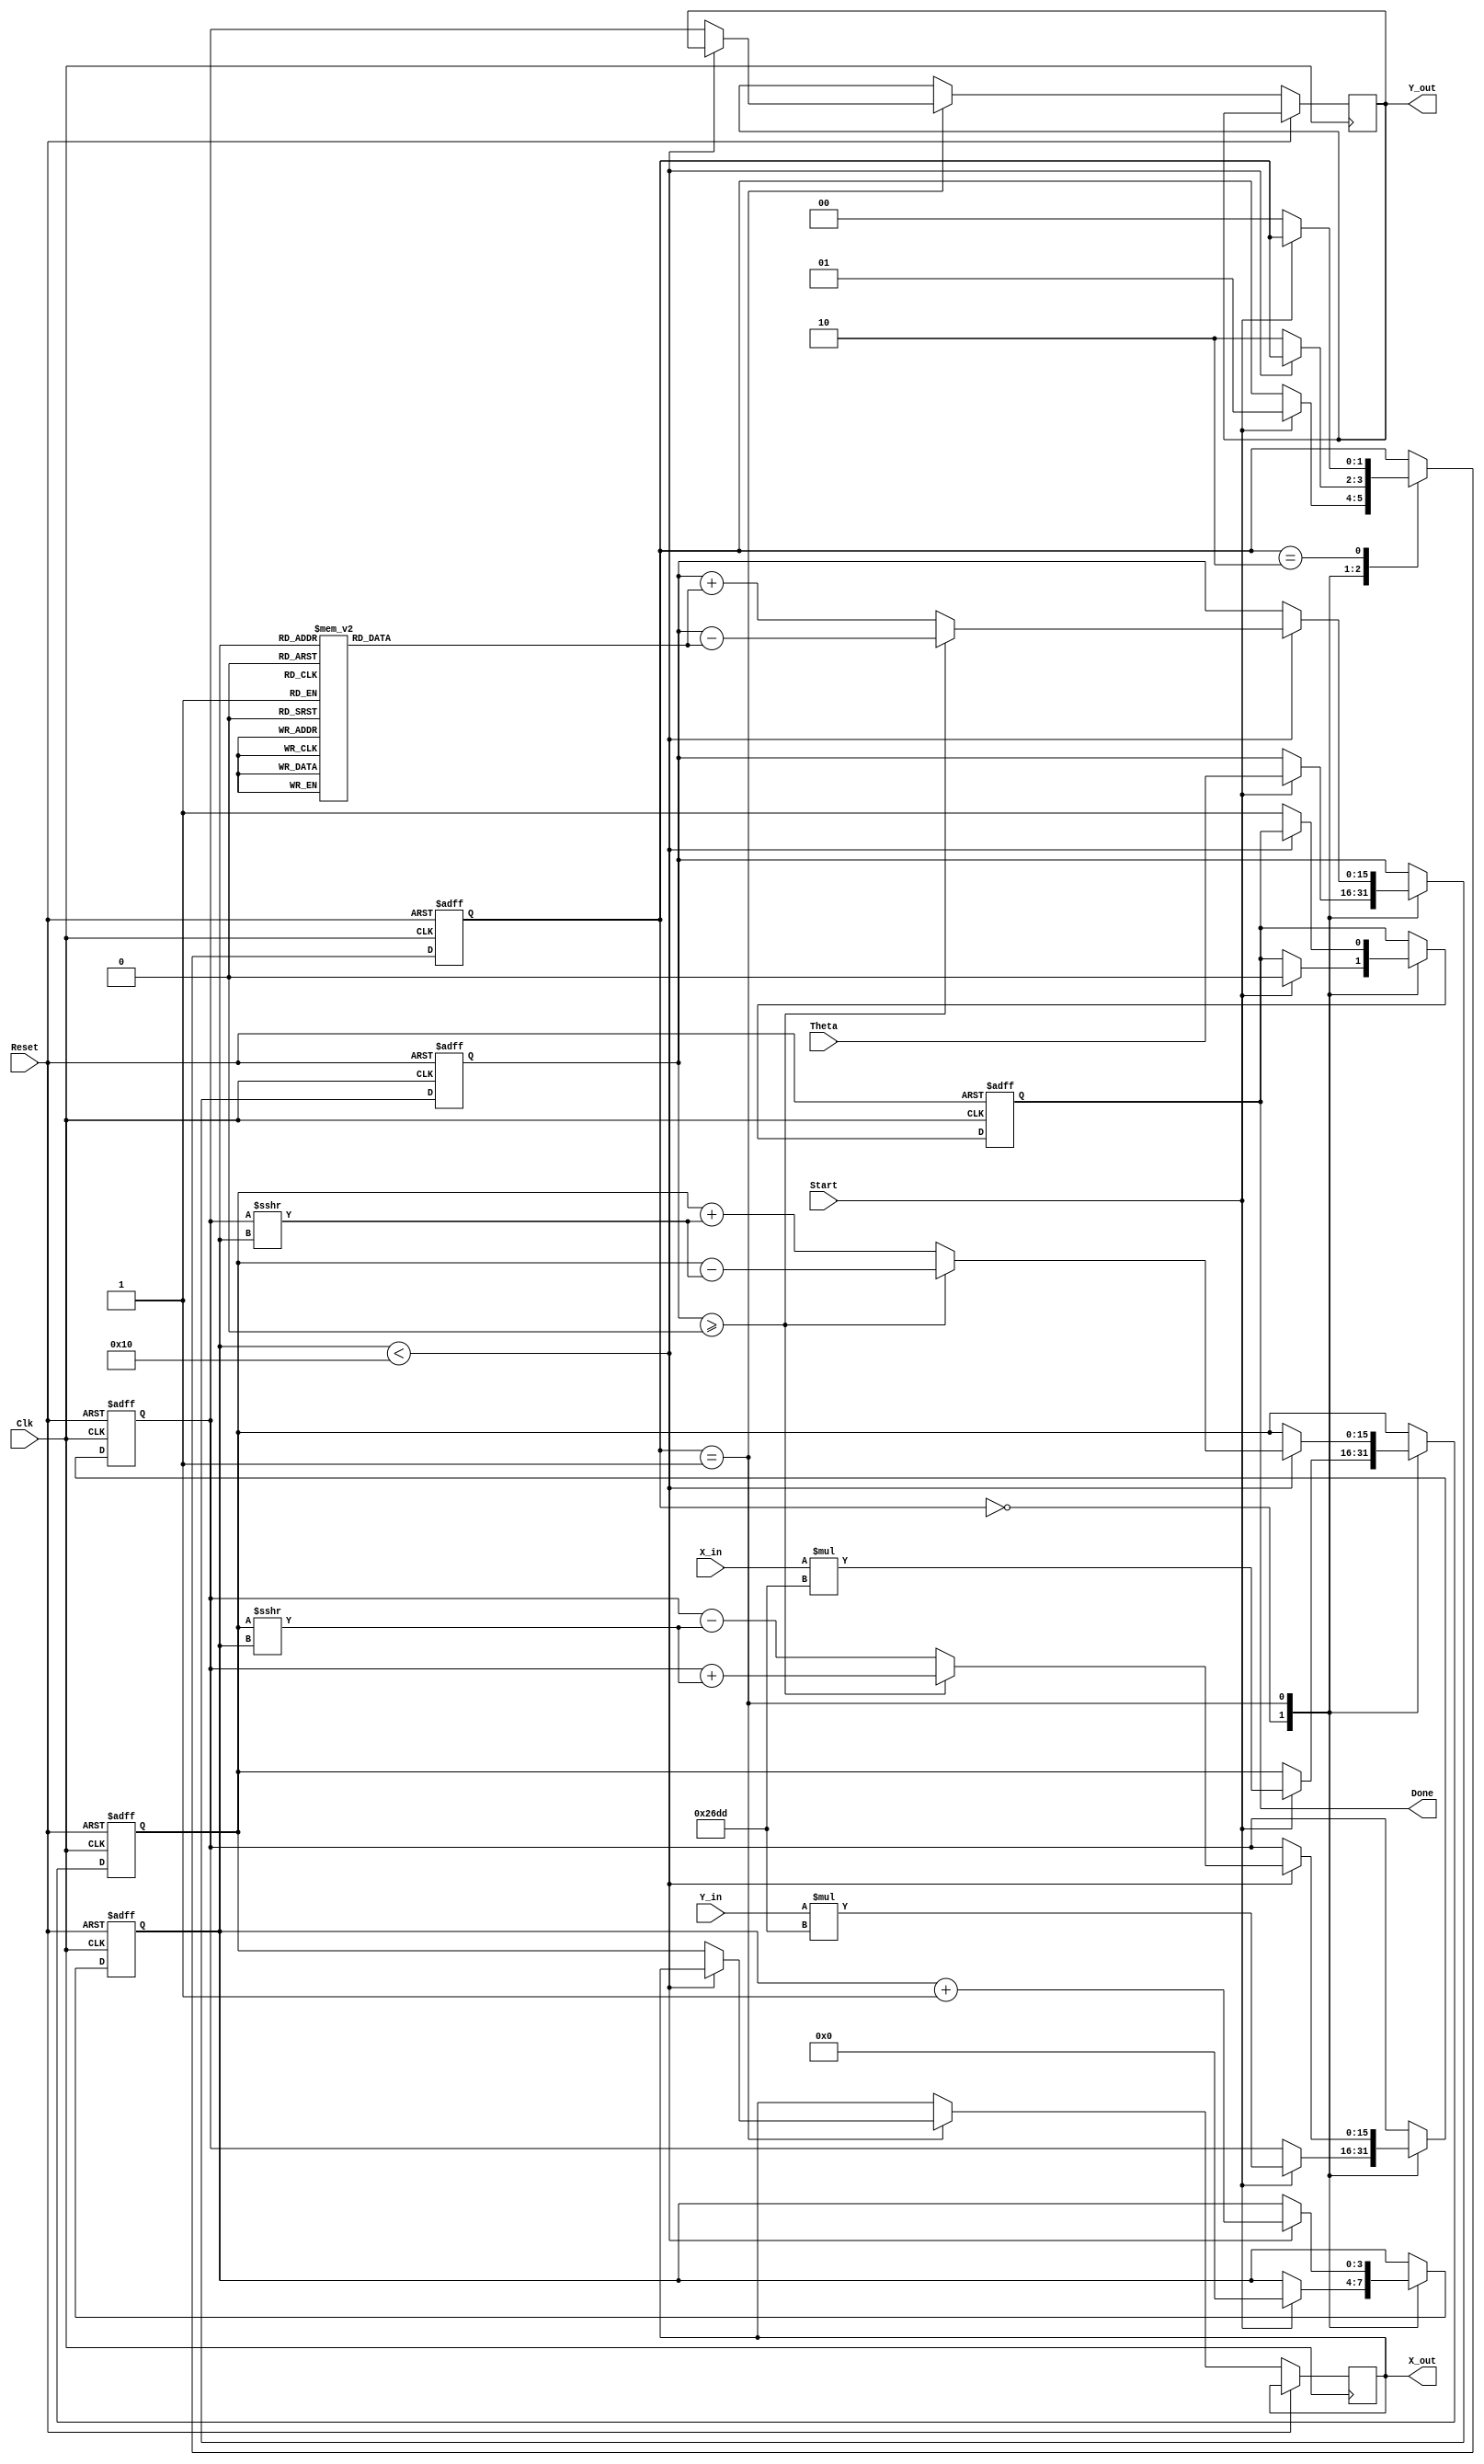
module CORDIC_Rotational (
    input wire signed [15:0] X_in,      // Input X coordinate
    input wire signed [15:0] Y_in,      // Input Y coordinate
    input wire signed [15:0] Theta,      // Desired angle of rotation
    input wire Start,                   // Control signal to start computation
    input wire Clk,                     // Clock signal
    input wire Reset,                   // Asynchronous reset
    output reg signed [15:0] X_out,     // Output X coordinate
    output reg signed [15:0] Y_out,     // Output Y coordinate
    output reg Done                     // Completion signal
);

    // Internal registers
    reg signed [15:0] X_reg;
    reg signed [15:0] Y_reg;
    reg signed [15:0] Z_reg;
    reg [3:0] Iteration_count;           // 4 bits for up to 16 iterations
    reg [1:0] state;                     // State machine for control logic

    // CORDIC gain compensation constant (K)
    parameter signed [15:0] K = 16'h26DD; // Approximation of K = 0.607

    // Lookup table for arctan(2^-i) values
    reg signed [15:0] atan_table [0:15]; // 16 values for 0 to 15 iterations

    initial begin
        // Initialize arctan values (scaled for fixed-point representation)
        atan_table[0] = 16'h26DD; // atan(1) = 0.785398 (scaled)
        atan_table[1] = 16'h1DAC; // atan(0.5) = 0.463648 (scaled)
        atan_table[2] = 16'h1A7E; // atan(0.25) = 0.244978 (scaled)
        atan_table[3] = 16'h1A2D; // atan(0.125) = 0.124389 (scaled)
        // ... fill in remaining values
    end

    // State encoding
    localparam IDLE = 2'b00;
    localparam RUNNING = 2'b01;
    localparam DONE_STATE = 2'b10;

    // Sequential logic for state machine and computation
    always @(posedge Clk or posedge Reset) begin
        if (Reset) begin
            // Reset all registers and outputs
            X_reg <= 0;
            Y_reg <= 0;
            Z_reg <= 0;
            Iteration_count <= 0;
            Done <= 0;
            state <= IDLE;
        end else begin
            case (state)
                IDLE: begin
                    if (Start) begin
                        // Initialize registers with input values
                        X_reg <= X_in * K; // Apply gain compensation
                        Y_reg <= Y_in * K; // Apply gain compensation
                        Z_reg <= Theta;    // Load desired angle
                        Iteration_count <= 0;
                        Done <= 0;
                        state <= RUNNING;
                    end
                end
                RUNNING: begin
                    if (Iteration_count < 16) begin
                        // Perform CORDIC iteration
                        if (Z_reg >= 0) begin
                            // Rotate clockwise
                            X_reg <= X_reg - (Y_reg >>> Iteration_count);
                            Y_reg <= Y_reg + (X_reg >>> Iteration_count);
                            Z_reg <= Z_reg - atan_table[Iteration_count];
                        end else begin
                            // Rotate counterclockwise
                            X_reg <= X_reg + (Y_reg >>> Iteration_count);
                            Y_reg <= Y_reg - (X_reg >>> Iteration_count);
                            Z_reg <= Z_reg + atan_table[Iteration_count];
                        end
                        Iteration_count <= Iteration_count + 1;
                    end else begin
                        // Finish computation
                        X_out <= X_reg;
                        Y_out <= Y_reg;
                        Done <= 1;
                        state <= DONE_STATE;
                    end
                end
                DONE_STATE: begin
                    // Wait for next start signal
                    if (!Start) begin
                        state <= IDLE; // Go back to IDLE state
                    end
                end
            endcase
        end
    end

endmodule